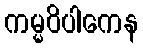
ကမ္မဝိပါကေန